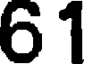
61